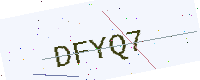
Text: DFYQ7